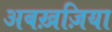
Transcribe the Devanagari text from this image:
अबख़ज़िया